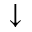
\downarrow